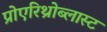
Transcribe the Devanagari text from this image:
प्रोएरिथ्रोब्लास्ट